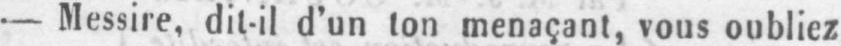
- Messire, dit-il d’un ton menaçant, vous oubliez